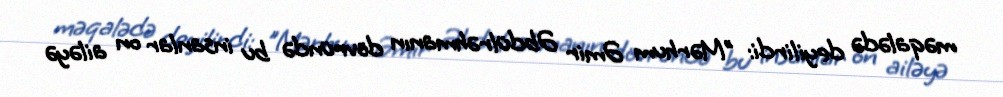
məqalədə deyilirdi: "Mərhum Əmir Əbdülrəhmanın dövründə bu insanlar on ailəyə